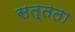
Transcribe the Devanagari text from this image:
सत्तता